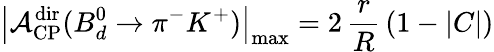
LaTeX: \left|{\cal A}_{\mathrm{CP}}^{\mathrm{dir}}(B_{d}^{0}\to\pi^{-}K^{+})\right|_{\mathrm{max}}=2\, \frac{r}{R}\, \left(1-|C|\right)